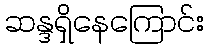
ဆန္ဒရှိနေကြောင်း